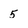
Character: 5